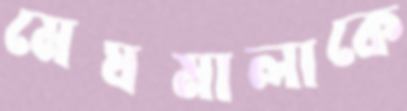
মেঘমালাকে